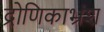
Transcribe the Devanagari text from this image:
द्रोणिकाभ्रंश